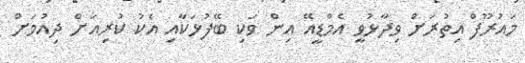
މައުރޫފް އިތުރަށް ވިދާޅުވީ އެމްޑީއޭ އިން ވަކި ބޭފުޅަކާއި އެކު ކުރިއަށް ދިއުމަށް